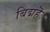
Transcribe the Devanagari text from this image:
बिद्महॆ